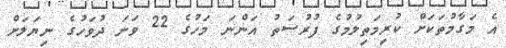
އެ މަގާމުތަކަށް ކުރިމަތިލުމުގެ ފުރުސަތު އަންނަ މަހުގެ 22 ވަނަ ދުވަހުގެ ނިޔަލަށް